Papers set at the Examination for Leaving Certificates, 1889
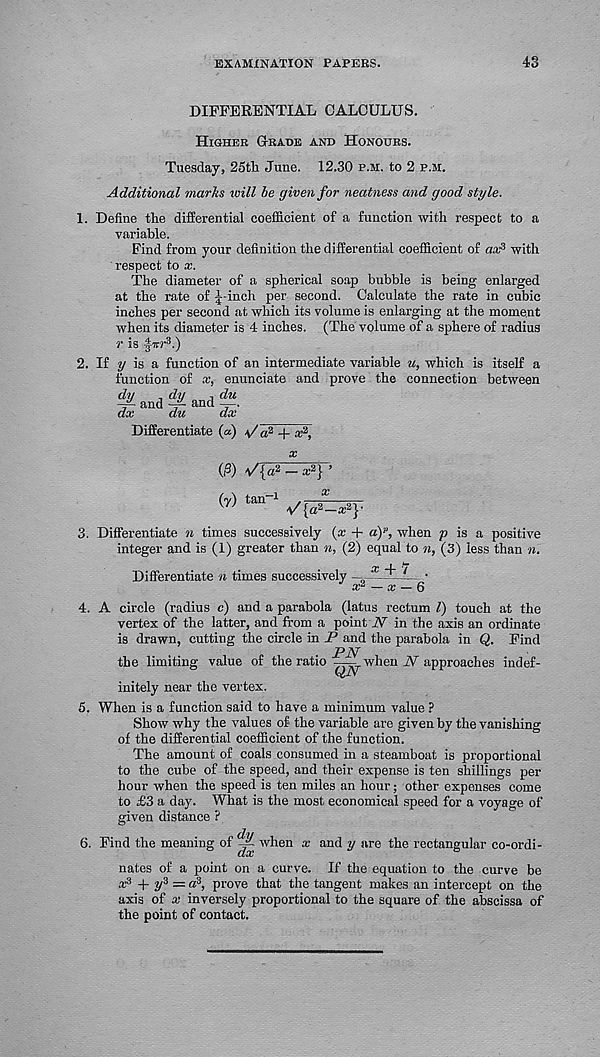
EXAMINATION PAPERS.
43
DIFFERENTIAL CALCULUS.
Higher Grade and Honours.
Tuesday, 25tli June. 12.30 p.m. to 2 p.m.
Additional marks will be given for neatness and good style.
1. Define the differential coefficient of a function with respect to a
variable.
Find from your definition the differential coefficient of aa; 3 with
respect to x.
The diameter of a spherical soap bubble is being enlarged
at the rate of J-inch per second. Calculate the rate in cubic
inches per second at which its volume is enlarging at the moment
when its diameter is 4 inches. (The volume of a sphere of radius
r is -Jw? -3 .)
2. If y is a function of an intermediate variable u, which is itself a
function of x, enunciate and prove the connection between
d u _ dii , du
-f- and -A and —.
dx
du
dx
Differentiate (a) -v/a 2 + a 2 ,
(0)
_ *2} >
(y) tan -1
2}.
3. Differentiate n times successively (x + a) p , when p is a positive
integer and is (1) greater than n, (2) equal to n, (3) less than n.
x + 7
Differentiate n times successively x* — x ■
4. A circle (radius c) and a parabola (latus rectum l) touch at the
vertex of the latter, and from a point A 7 ' in the axis an ordinate
is drawn, cutting the circle in P and the parabola in Q. Find
,
PN
the limiting value of the ratio
when N approaches indef-
initely near the vertex.
5. When is a function said to have a minimum value ?
Show why the values of the variable are given by the vanishing
of the differential coefficient of the function.
The amount of coals consumed in a steamboat is proportional
to the cube of the speed, and their expense is ten shillings per
hour when the speed is ten miles an hour; other expenses come
to £3 a day. What is the most economical speed for a voyage of
given distance ?
6. Find the meaning of ^ when x and y are the rectangular co-ordi-
nates of a point on a curve. If the equation to the curve be
a ,3 -f y'i — a?, prove that the tangent makes an intercept on the
axis of x inversely proportional to the square of the abscissa of
the point of contact.